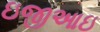
ઇજીઆઇ